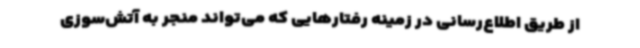
از طریق اطلاع‌رسانی در زمینه رفتارهایی که می‌تواند منجر به آتش‌سوزی